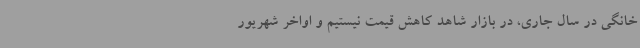
خانگی در سال جاری، در بازار شاهد کاهش قیمت نیستیم و اواخر شهریور